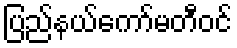
ပြည်နယ်ကော်မတီဝင်